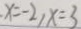
x = - 2 , x = 3